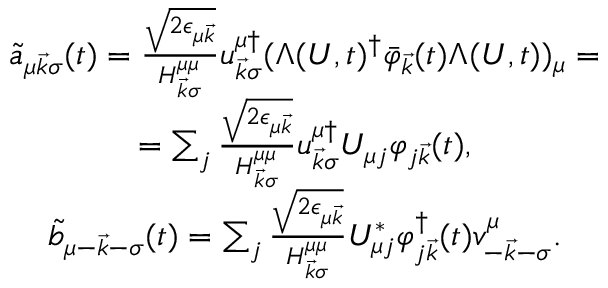
\begin{array} { c } { { \tilde { a } _ { \mu \vec { k } \sigma } ( t ) = \frac { \sqrt { 2 \epsilon _ { \mu \vec { k } } } } { H _ { \vec { k } \sigma } ^ { \mu \mu } } u _ { \vec { k } \sigma } ^ { \mu \dagger } ( \Lambda ( U , t ) ^ { \dagger } \bar { \varphi } _ { \vec { k } } ( t ) \Lambda ( U , t ) ) _ { \mu } = } } \\ { { = \sum _ { j } \frac { \sqrt { 2 \epsilon _ { \mu \vec { k } } } } { H _ { \vec { k } \sigma } ^ { \mu \mu } } u _ { \vec { k } \sigma } ^ { \mu \dagger } U _ { \mu j } \varphi _ { j \vec { k } } ( t ) , } } \\ { { \tilde { b } _ { \mu - \vec { k } - \sigma } ( t ) = \sum _ { j } \frac { \sqrt { 2 \epsilon _ { \mu \vec { k } } } } { H _ { \vec { k } \sigma } ^ { \mu \mu } } U _ { \mu j } ^ { * } \varphi _ { j \vec { k } } ^ { \dagger } ( t ) v _ { - \vec { k } - \sigma } ^ { \mu } . } } \end{array}